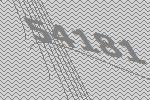
54181